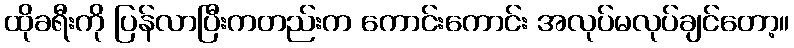
ထိုခရီးကို ပြန်လာပြီးကတည်းက ကောင်းကောင်း အလုပ်မလုပ်ချင်တော့။